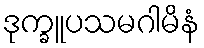
ဒုက္ခူပသမဂါမိနံ